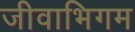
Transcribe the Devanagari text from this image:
जीवाभिगम